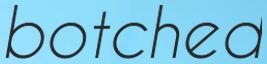
botched